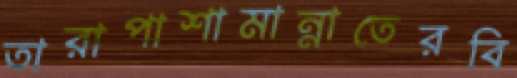
তারাপাশামান্নাতেরবি